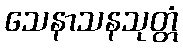
သေနာသနသုတ္တံ